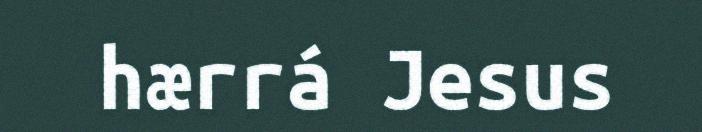
hærrá Jesus